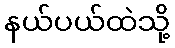
နယ်ပယ်ထဲသို့